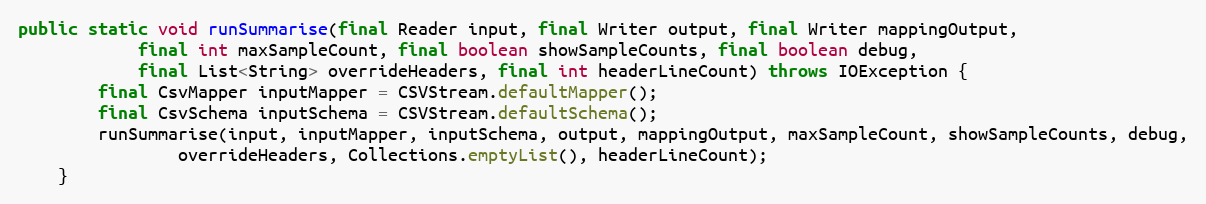
Language: Java
public static void runSummarise(final Reader input, final Writer output, final Writer mappingOutput,
			final int maxSampleCount, final boolean showSampleCounts, final boolean debug,
			final List<String> overrideHeaders, final int headerLineCount) throws IOException {
		final CsvMapper inputMapper = CSVStream.defaultMapper();
		final CsvSchema inputSchema = CSVStream.defaultSchema();
		runSummarise(input, inputMapper, inputSchema, output, mappingOutput, maxSampleCount, showSampleCounts, debug,
				overrideHeaders, Collections.emptyList(), headerLineCount);
	}